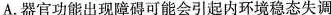
A.器官功能出现障碍可能会引起内环境稳态失调